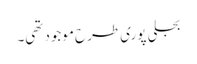
بجلی پوری طرح موجود تھی۔